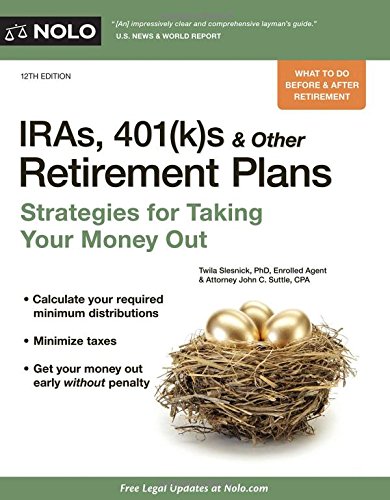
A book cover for IRAs, 401(k)s & Other Retirement Plans: Strategies for Taking Your Money Out; Twila Slesnick PhD; Business & Money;